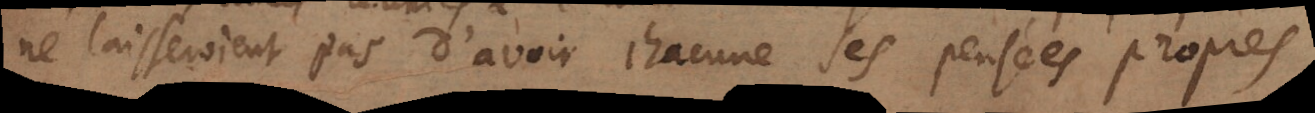
ne laisseroient pas d’avoir chacune ses pensées propres.